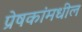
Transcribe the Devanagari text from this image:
प्रेषकांमधील